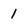
Character: l